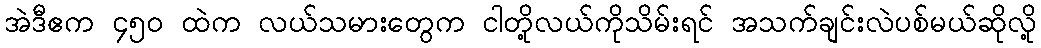
အဲဒီဧက ၄၅၀ ထဲက လယ်သမားတွေက ငါတို့လယ်ကိုသိမ်းရင် အသက်ချင်းလဲပစ်မယ်ဆိုလို့